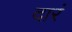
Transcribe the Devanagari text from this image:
दारं